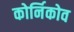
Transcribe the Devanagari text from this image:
कोर्निकोव